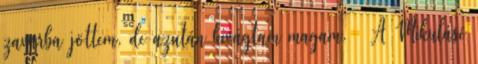
zavarba jöttem, de azután kivágtam magam. – A Mikulásé